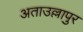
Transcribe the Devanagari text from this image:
अताउल्लापुर